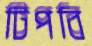
টিপবি